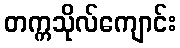
တက္ကသိုလ်ကျောင်း